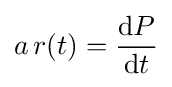
a\,r(t)={\frac {\mathrm {d} P}{\mathrm {d} t}}